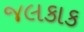
જલકાક